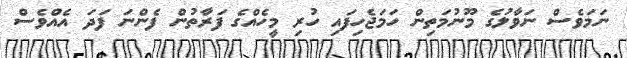
ނަމަވެސް ނަވާލުގެ މޫނުމަތިން ހަމަޖެހިފައި ހުރި މީހެއްގެ ފަރާތުން ފެންނަ ފަދަ އެއްވެސް